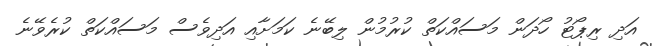
އަދި ރިޕޯޓު ހޯދަން މަސައްކަތް ކުރުމުން ލިބޭނެ ކަމަށާއި އަދިވެސް މަސައްކަތް ކުރެވޭނެ